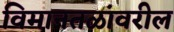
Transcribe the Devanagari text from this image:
विमानतळांवरील